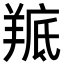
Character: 𮊭